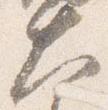
大